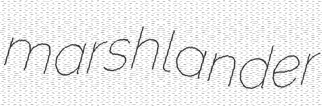
marshlander